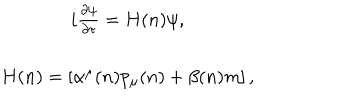
LaTeX: \begin{array} { c } { { i \frac { \partial \psi } { \partial \tau } = H ( n ) \psi , } } \\ { { H ( n ) = \left[ \alpha ^ { \mu } ( n ) p _ { \mu } ( n ) + \beta ( n ) m \right] , } } \\ \end{array}